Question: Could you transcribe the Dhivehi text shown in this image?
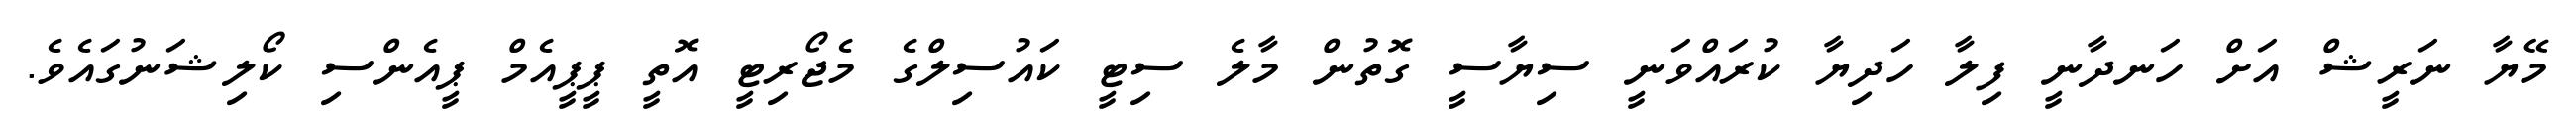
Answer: މޭޔާ ނަރީޝް އަށް ހަނދާނީ ފިލާ ހަދިޔާ ކުރައްވަނީ ސިޔާސީ ގޮތުން މާލެ ސިޓީ ކައުސިލްގެ މެޖޯރިޓީ އޮތީ ޕީޕީއެމް ޕީއެންސި ކޯލިޝަނުގައެވެ.